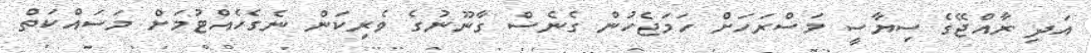
އަދި ރާއްޖޭގެ ސިޔާސީ މަސްރަހަށް ހަމަޖެހުން ގެނެސް ގާނޫނުގެ ވެރިކަން ނެގެހެއްޓުމަށް މަސައްކަތް